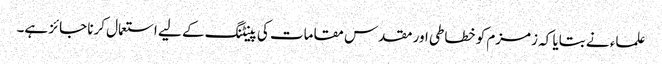
علماء نے بتایا کہ زمزم کو خطاطی اور مقدس مقامات کی پینٹنگ کے لیے استعمال کرنا جائز ہے۔